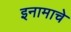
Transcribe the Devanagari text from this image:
इनामाचे